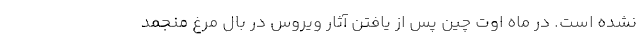
نشده است. در ماه اوت چین پس از یافتن آثار ویروس در بال مرغ منجمد